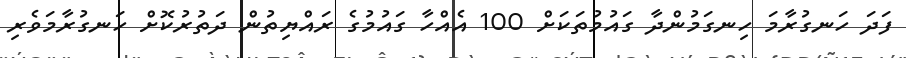
ފަދަ ހަނގުރާމަ ހިނގަމުންދާ ގައުމުތަކަށް 100 އެއްހާ ގައުމުގެ ރައްޔިތުން ދަތުރުކޮށް ހަނގުރާމަވެރި